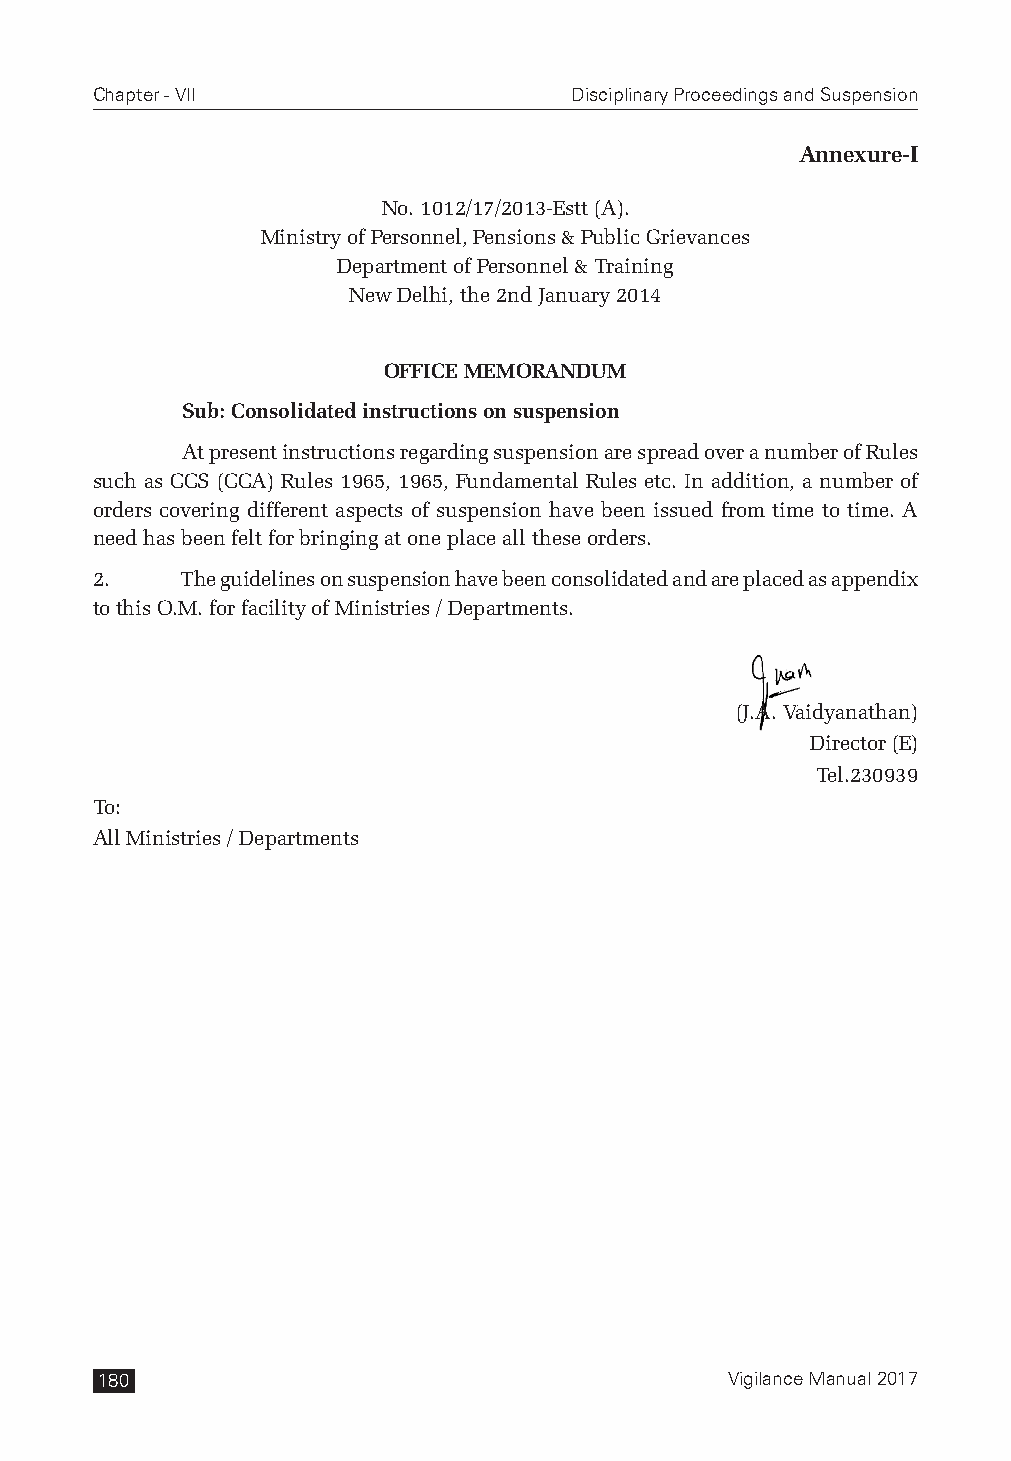
Chapter - VII                   Disciplinary Proceedings and Suspension
 Annexure-I
 No. 1012/17/2013-Estt (A).
 Ministry of Personnel, Pensions & Public Grievances
 Department of Personnel & Training
 New Delhi, the 2nd January 2014
 OFFICE MEMORANDUM
 Sub: Consolidated instructions on suspension
 At present instructions regarding suspension are spread over a number of Rules
 such as CCS (CCA) Rules 1965, 1965, Fundamental Rules etc. In addition, a number of
 orders covering different aspects of suspension have been issued from time to time. A
 need has been felt for bringing at one place all these orders.
 2.    The guidelines on suspension have been consolidated and are placed as appendix
 to this O.M. for facility of Ministries / Departments.
 (J.A. Vaidyanathan)
 Director (E)
 Tel.230939
 To:
 All Ministries / Departments
 180                                       Vigilance Manual 2017